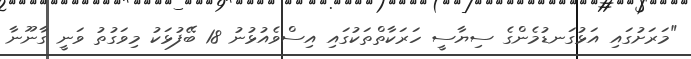
"މަރަށުގައި އަޅުގަނޑުމެންގެ ސިޔާސީ ހަރަކާތްތަކުގައި އިސްވެއުޅުނު 18 ބޭފުޅަކު މިވަގުތު ވަނީ ގާނޫނާ